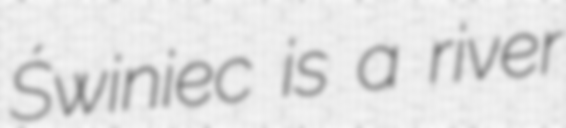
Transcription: Świniec is a river